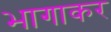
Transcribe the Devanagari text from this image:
भागाकर